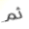
ثم